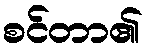
စင်တာ၏